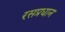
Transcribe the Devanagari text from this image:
रसप्रधान